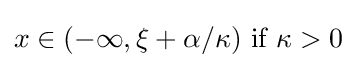
x\in (-\infty ,\xi +\alpha /\kappa ){\text{ if }}\kappa >0